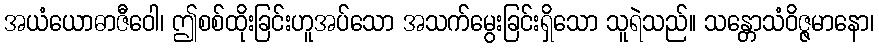
အယံယောဓာဇီဝေါ၊ ဤစစ်ထိုးခြင်းဟူအပ်သော အသက်မွေးခြင်းရှိသော သူရဲသည်။ သန္တောသံဝိဇ္ဇမာနော၊